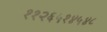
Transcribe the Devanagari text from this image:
११२६५१४५४८